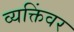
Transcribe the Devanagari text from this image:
व्यक्तिंवर